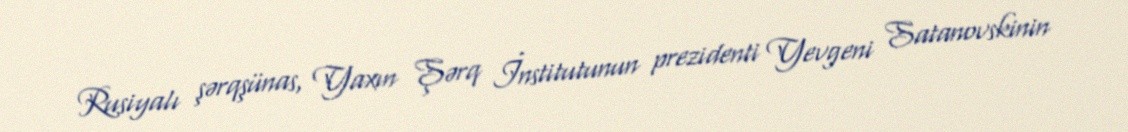
Rusiyalı şərqşünas, Yaxın Şərq İnstitutunun prezidenti Yevgeni Satanovskinin